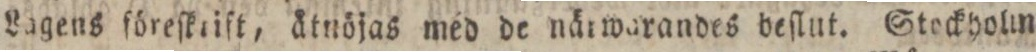
Lagens föreſkriſt, ätnöjas med de närwarandes beſlut. Stockyolm